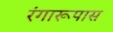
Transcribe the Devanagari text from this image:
रंगारूपास